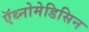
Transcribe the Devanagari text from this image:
ऍथ्नोमेडिसिन